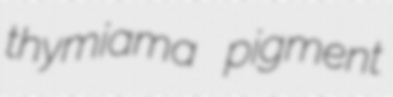
thymiama pigment